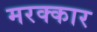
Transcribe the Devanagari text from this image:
मरक्कार